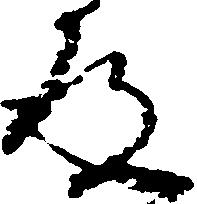
道